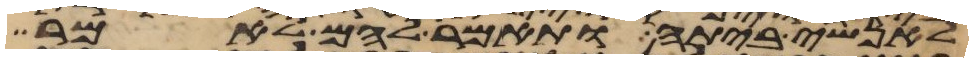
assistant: לאנשי ביתה ותאמר להם לאמר